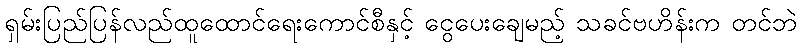
ရှမ်းပြည်ပြန်လည်ထူထောင်ရေးကောင်စီနှင့် ငွေပေးချေမည့် သခင်ဗဟိန်းက တင်ဘဲ